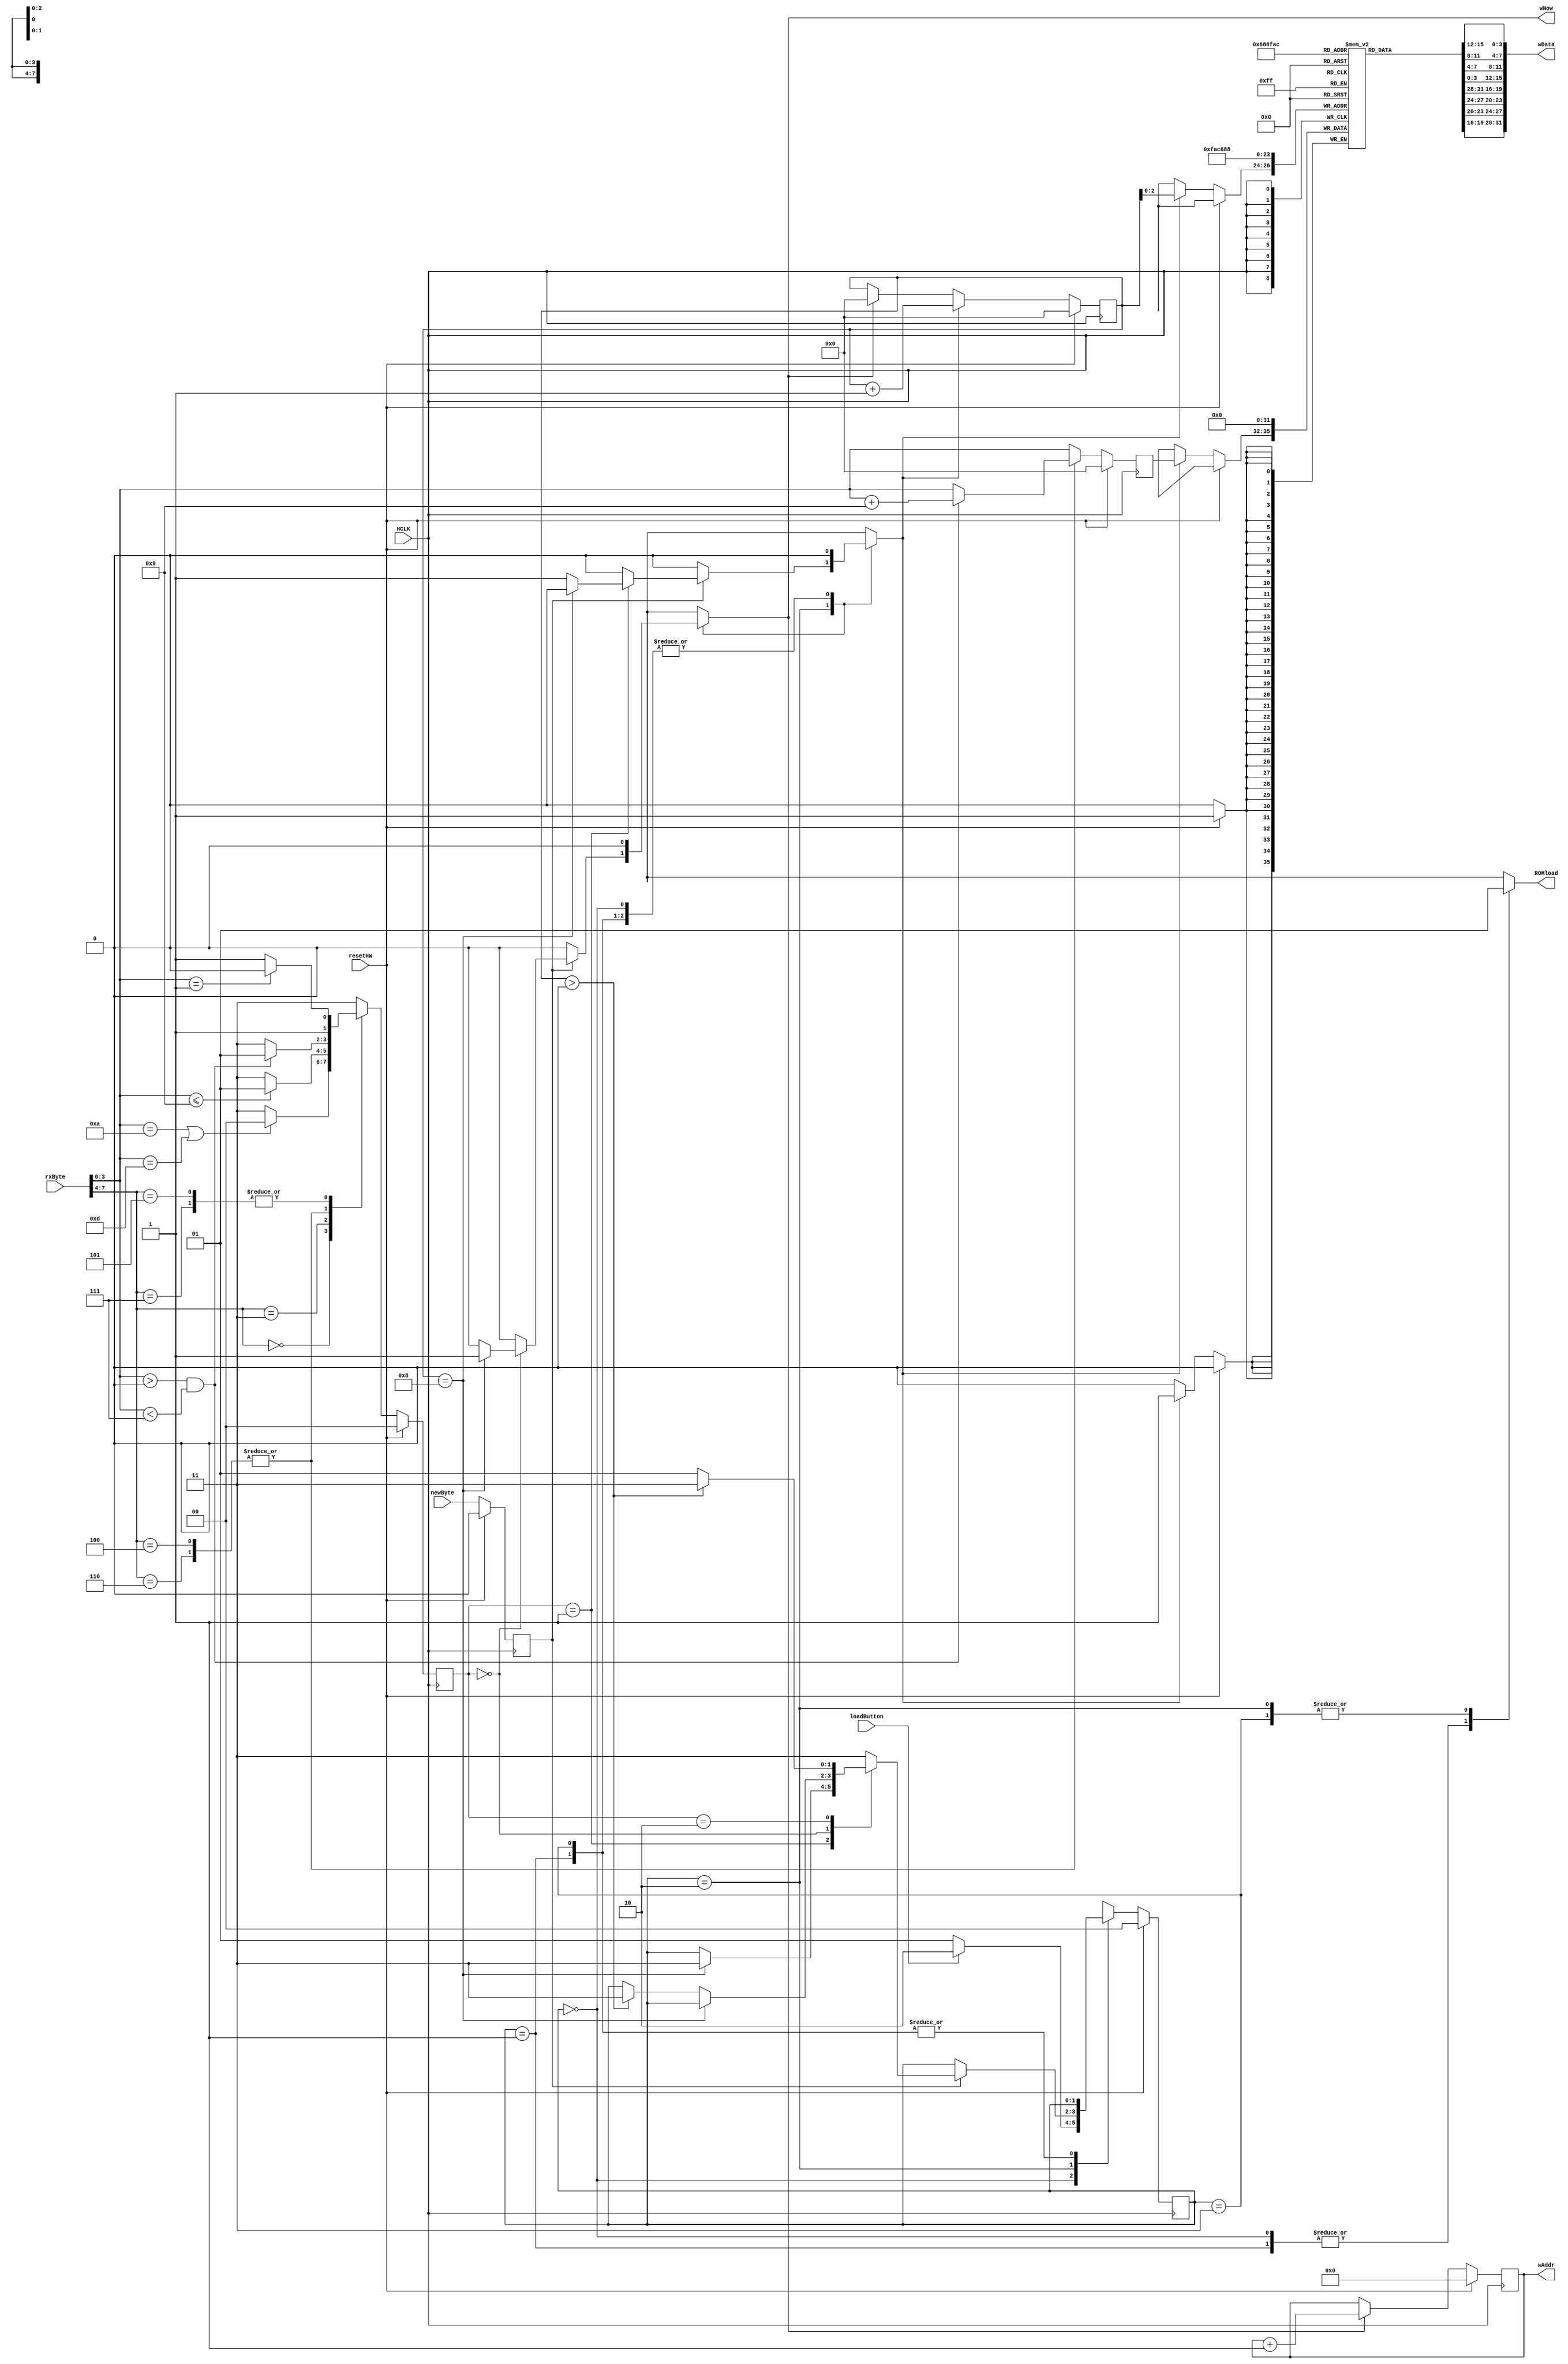
`timescale 1ns / 1ps
//////////////////////////////////////////////////////////////////////////////////
// Company: UCD School of Electrical and Electronic Engineering
// 
// Design Name: 	Cortex-M0 DesignStart system
// Module Name:   ram_loader 
// Description: 	State machine to enter ROMload mode if button pressed after reset.
//			When active, takes bytes from uart, converts from ASCII hex to binary,
//			outputs 32-bit words and control signal to write words to block ram.
//			Returns to normal if Q received, or on normal reset.
//
// Revision: 
// Revision 0.01 - File Created
// Revision 1 - modified for synchronous reset, October 2015
//
//////////////////////////////////////////////////////////////////////////////////
module ram_loader( HCLK, resetHW, loadButton, rxByte, newByte, wAddr, wData, wNow, ROMload);
		parameter ADDR_WIDTH	= 15;		// 32kByte = 8k words of 32 bits
		input  HCLK;				// bus clock
		input  resetHW;			// hardware reset
		input  loadButton;		// pushbutton to activate loader
		input  [7:0] rxByte;	      // input byte from uart receiver
		input  newByte;				// strobe to indicate new byte
		output [ADDR_WIDTH-3:0] wAddr;        // write address
		output [31:0] wData;			// data to memory
		output wNow;					// write control signal
		output reg ROMload;			// loader active
	

// =============== Loader Hardware =========================================
// If button is pressed on first clock edge after reset, enter active state.
// If not, go to idle state and stay there forever.
// In active state, act on bytes received: if hex char, store nibble in array,
// after 8 nibbles, if end of line, write word to PROM, if Q, go to idle state.
// If anything unexpected arrives, go to error state and stay there forever.

    // State machine to control everything
	localparam [1:0] INIT = 2'd0, IDLE = 2'd1, ACTIVE = 2'd2, ERROR = 2'd3;
	reg [1:0] loadState, loadNext;	// state register
	reg storeNibble, storeWord;		// FSM output signals (also ROMload)

    // Signals for decoder
	localparam [1:0] ENDL = 2'd0, HEX = 2'd1, QUIT = 2'd2, OTHER = 2'd3;
	reg [1:0] byteType, nextType;	// decoder output - type of byte received
	reg [3:0] nibbleIn, nextIn;		// decoded nibble
	reg newDecode;					// new decoded output

    // Storage for the received nibbles, with counter	
	reg [3:0] nibbleReg [0:7];			// array of 8 nibble registers
	reg [3:0] nibbleCount;				// nibble count (0 to 8 as received)
	wire fullWord = (nibbleCount == 4'd8);	// 8 nibbles received
	wire partWord = (nibbleCount > 4'd0);	// some nibbles received
	
	// Nibbles combined to word, first on left, for writing to memory
	wire [31:0] wData = {nibbleReg[0], nibbleReg[1], nibbleReg[2], nibbleReg[3], 
	                       nibbleReg[4], nibbleReg[5], nibbleReg[6], nibbleReg[7]};
	reg [ADDR_WIDTH-3:0] wordCount;	// word count
	assign wAddr = wordCount;     // memory address is same as word count
	assign wNow = storeWord;		// write enable comes from state machine
	
//====================================== State Machine =====================================
	// State register
	always @ (posedge HCLK)
		if (resetHW) loadState <= INIT;
		else loadState <= loadNext;
		
	// Next state and output logic - Mealy machine
	always @ (loadState, loadButton, newDecode, byteType, fullWord, partWord)
		begin
			loadNext = loadState;  // default is no state change
			storeNibble = 1'b0;	// default values of output signals
			storeWord = 1'b0;
			
			case (loadState)
				INIT:		begin	// move to active or idle, depending on button
								if (loadButton) loadNext = ACTIVE;
								else loadNext = IDLE;
								ROMload = 1'b0;	// not active
							end
				IDLE:		ROMload = 1'b0;	// not active, no state change...
				ACTIVE:	begin
								ROMload = 1'b1;	// indicate active
								if (newDecode)	// if a byte has been received
									case (byteType)
										HEX: 	if (fullWord) loadNext = ERROR; // ninth nibble
												else storeNibble = 1'b1;  // store nibble
										ENDL: if (fullWord) storeWord = 1'b1;  // store word
												else if (partWord) loadNext = ERROR; // end of line mid-word
										QUIT: if (partWord) loadNext = ERROR;	// unexpected quit
												else loadNext = IDLE; // quit at nibble count 0
										default:	loadNext = ERROR;	// unexpected byte
									endcase
							end
				ERROR:	ROMload = 1'b1;	// indicate active, but no state change
				default:	ROMload = 1'b0;	// not active, no state change...
			endcase
		end

//================================ Nibble storage, Nibbles and Word counters =================================		
	// Nibble registers
    integer i;
    always @ (posedge HCLK)
        if (resetHW) for (i=0; i<=7; i=i+1) nibbleReg[i] <= 4'b0;    // clear all
        else if (storeNibble) nibbleReg[nibbleCount] <= nibbleIn;    // store nibble

	// Nibble counter - advance on storeNibble, clear on storeWord
	always @ (posedge HCLK)
		if (resetHW) nibbleCount <= 4'd0;
		else if (storeNibble) nibbleCount <= nibbleCount + 1'd1;
		else if (storeWord) nibbleCount <= 4'd0;
		
	// Word counter - advance on storeWord signal - wraps if too many words!!
	always @ (posedge HCLK)
		if (resetHW) wordCount <= {ADDR_WIDTH{1'b0}};
		else if (storeWord) wordCount <= wordCount + 1'd1;

//========================== Byte decoding =================================================
// Decoder converts received bytes into data nibbles, detects end of line, etc.	
	// All outputs registered, so delayed one clock cycle - plenty of time for comb. logic
	always @ (posedge HCLK)
		if (resetHW) begin
							nibbleIn <= 4'b0;
							byteType	<= ENDL;
							newDecode <= 1'b0;
						 end
		else 	begin
							nibbleIn <= nextIn;
							byteType <= nextType;
							newDecode <= newByte;
				end

    // Decoding logic
	always @ (rxByte, newByte)
		begin
			nextType = OTHER;			// default value
			nextIn = rxByte[3:0];	// take lower 4 bits of received byte
		
			case (rxByte[7:4])	// test upper half of byte
				4'h0:		// control group - check for LF or CR
						if (nextIn == 4'hA || nextIn == 4'hD) nextType = ENDL;
				4'h3:		// number group - check <= 9
						if (nextIn <= 4'h9) nextType = HEX;
				4'h4, 4'h6:		// letter groups - check A to F
						if (nextIn > 4'h0 && nextIn < 4'h7) begin
									nextType = HEX;			// set type as hex
									nextIn = nextIn + 4'h9;	// set nibble value
								end
				4'h5, 4'h7:		// letter groups - check for Q
						if (nextIn == 4'h1) nextType = QUIT;
				default: nextType = OTHER;		// not really needed
			endcase
		end
 
endmodule